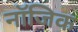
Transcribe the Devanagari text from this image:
नॉजिक